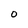
Character: O